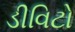
ડીવિટો